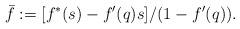
LaTeX: \begin{align*} \bar{f}:=[f^*(s)-f'(q)s]/(1-f'(q)). \end{align*}